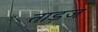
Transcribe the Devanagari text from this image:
ताड़ज